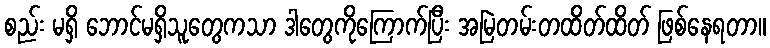
စည်း မရှိ ဘောင်မရှိသူတွေကသာ ဒါတွေကိုကြောက်ပြီး အမြဲတမ်းတထိတ်ထိတ် ဖြစ်နေရတာ။